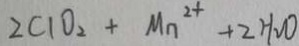
2 C 1 O _ { 2 } + M n ^ { 2 + } + 2 H _ { 2 } O